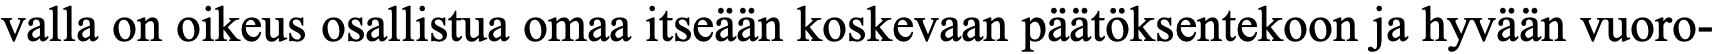
valla on oikeus osallistua omaa itseään koskevaan päätöksentekoon ja hyvään vuoro-